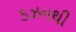
ડઝનથી